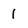
Character: 1